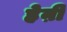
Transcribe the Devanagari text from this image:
हेऩी